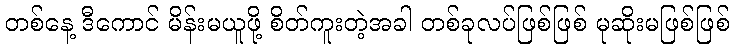
တစ်နေ့ ဒီကောင် မိန်းမယူဖို့ စိတ်ကူးတဲ့အခါ တစ်ခုလပ်ဖြစ်ဖြစ် မုဆိုးမဖြစ်ဖြစ်